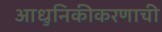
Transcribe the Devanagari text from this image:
आधुनिकीकरणाची